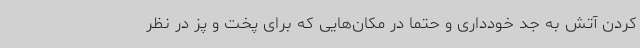
کردن آتش به جد خودداری و حتما در مکان‌هایی که برای پخت و پز در نظر